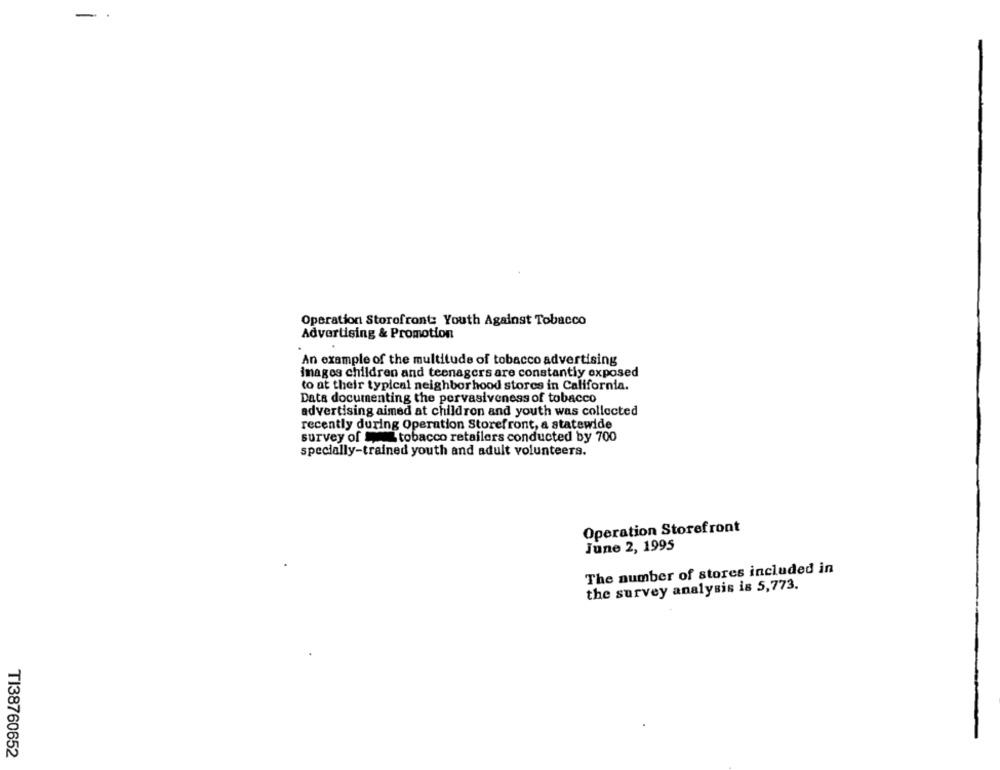
-
Operation Storefront: Youth Against Tobacco
Advertising & Promotion
An example of the multitude of tobacco advertising
images children and teenagers are constantly exposed
to at their typical neighborhood stores in California.
Data documenting the pervasiveness of tobacco
advertising aimed at children and youth was collected
recently during Operation Storefront, a statewide
survey of tobacco retailers conducted by 700
specially-trained youth and adult volunteers.
Operation Storefront
June 2, 1995
The number of stores included in
the survey analysis is 5,773.
TI38760652